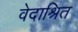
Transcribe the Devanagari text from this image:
वेदाश्रित